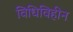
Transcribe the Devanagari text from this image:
विधिविहीन